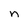
Character: n